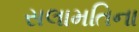
સલામતિના